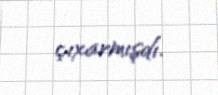
çıxarmışdı.